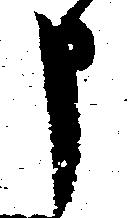
申